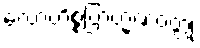
လောဟိစ္စဗြာဟ္မဏဝတ္ထု